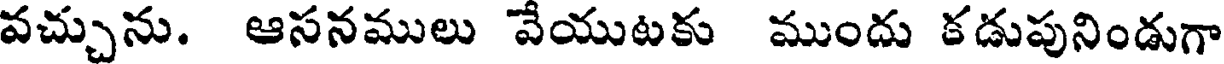
వచ్చును. ఆసనములు వేయుటకు ముందు కడుపునిండుగా